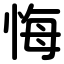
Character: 悔